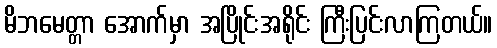
မိဘမေတ္တာ အောက်မှာ အပြိုင်းအရိုင်း ကြီးပြင်းလာကြတယ်။